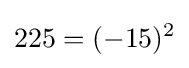
225=(-15)^{2}